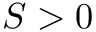
S > 0